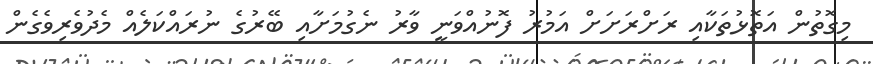
މިގޮތުން އަތޮޅުތަކާއި ރަށްރަށަށް އަމުރު ފޮނުއްވަނީ ވާރު ނެގުމަށާއި ބޭރުގެ ނުރައްކަލެއް މެދުވެރިވެގެން